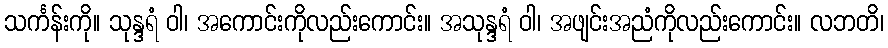
သင်္ကန်းကို။ သုန္ဒရံ ဝါ၊ အကောင်းကိုလည်းကောင်း။ အသုန္ဒရံ ဝါ၊ အဖျင်းအညံကိုလည်းကောင်း။ လဘတိ၊